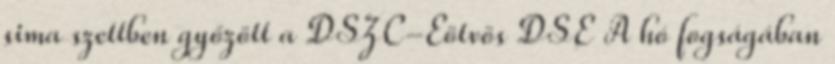
sima szettben győzött a DSZC-Eötvös DSE A hó fogságában